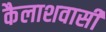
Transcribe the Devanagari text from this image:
कैलाशवासी